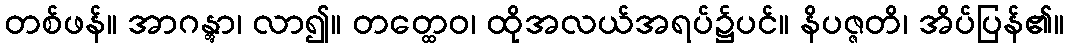
တစ်ဖန်။ အာဂန္တွာ၊ လာ၍။ တတ္ထေဝ၊ ထိုအလယ်အရပ်၌ပင်။ နိပဇ္ဇတိ၊ အိပ်ပြန်၏။